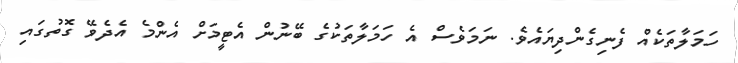
ހަމަލާތަކެއް ފެނިގެންދިޔައެވެ. ނަމަވެސް އެ ހަމަލާތަކުގެ ބޭނުން އެޓީމަށް އެންމެ އެދެވޭ ގޮތުގައި